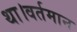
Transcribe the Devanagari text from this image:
था।वर्तमान